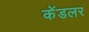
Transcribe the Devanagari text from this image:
केंडलर